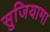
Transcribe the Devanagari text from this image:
सुजियामा